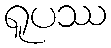
ရူပဿ